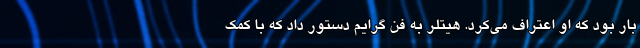
بار بود که او اعتراف می‌کرد. هیتلر به فن‌ گرایم دستور داد که با کمک